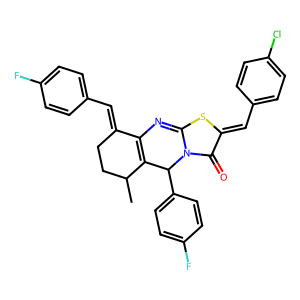
SMILES: CC1CCC(=Cc2ccc(F)cc2)C2=C1C(c1ccc(F)cc1)n1c(sc(=Cc3ccc(Cl)cc3)c1=O)=N2
Inhibits HIV replication: No